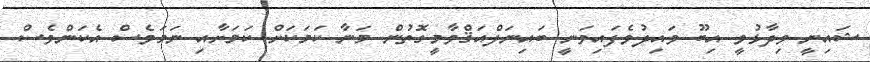
ޝައިނީ ވިދާޅުވީ އިބޫ ވައިދުވެފައިވަނީ ބައިނަލްއަޤްވާމީގޮތުން މަނާ ކަމަކަށް ކަމަށާއި ނަމަވެސް އެކަންވެސް